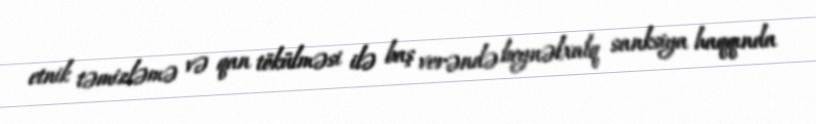
etnik təmizləmə və qan tökülməsi ilə baş verəndə beynəlxalq sanksiya haqqında